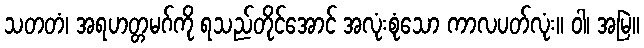
သတတံ၊ အရဟတ္တမဂ်ကို ရသည်တိုင်အောင် အလုံးစုံသော ကာလပတ်လုံး။ ဝါ၊ အမြဲ။